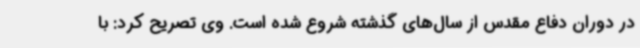
در دوران دفاع مقدس از سال‌های گذشته شروع شده است. وی تصریح کرد: با